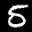
Label: 5